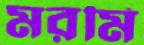
মরমি